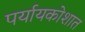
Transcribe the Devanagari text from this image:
पर्यायकोशात